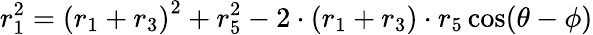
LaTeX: r_{1}^{2}=\left(r_{1}+r_{3}\right)^{2}+r_{5}^{2}-2\cdot\left(r_{1}+r_{3}\right)\cdot r_{5}\cos(\theta-\phi)